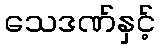
သေဒဏ်နှင့်